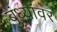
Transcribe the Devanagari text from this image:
बुंध्यांवर